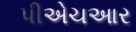
પીએચઆર